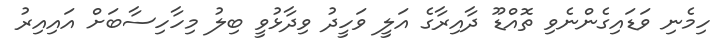
ހިމެނި ވަޑައިގެންނެވި ތޮއްޑޫ ދާއިރާގެ އަލީ ވަހީދު ވިދާޅުވީ ބިލު މިހާހިސާބަށް އައިއިރު